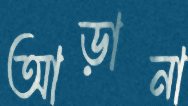
আড়ানা